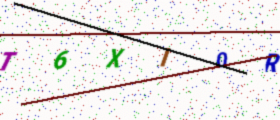
Text: T6XI0R